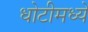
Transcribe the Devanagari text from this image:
धोटीमध्ये